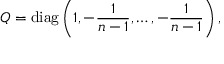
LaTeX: Q = \mathrm { d i a g } \left( 1 , - { \frac { 1 } { n - 1 } } , \ldots , - { \frac { 1 } { n - 1 } } \right) ,